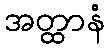
အတ္ထာနံ